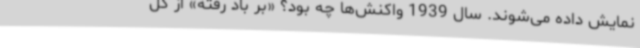
نمایش داده می‌شوند. سال 1939 واکنش‌ها چه بود؟ «بر باد رفته» از کل